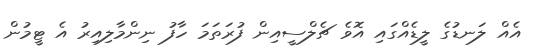
އެއް ލަނޑުގެ ލީޑެއްގައި އޮވެ ޗެލްސީއިން ފުރަތަމަ ހާފު ނިންމާލިއިރު އެ ޓީމުން